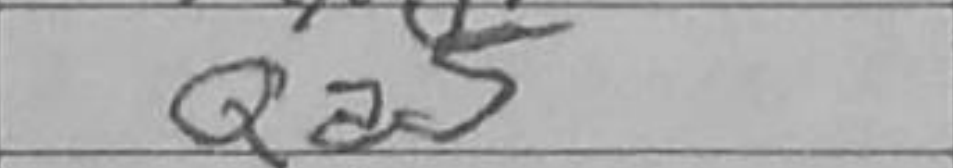
Transcription: Qa5